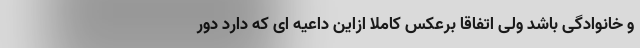
و خانوادگی باشد ولی اتفاقا برعکس کاملا ازاین داعیه ای که دارد دور